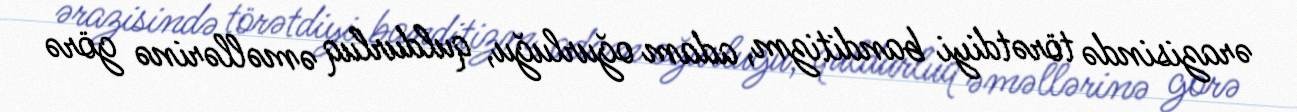
ərazisində törətdiyi banditizm, adam oğurluğu, quldurluq əməllərinə görə